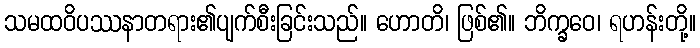
သမထဝိပဿနာတရား၏ပျက်စီးခြင်းသည်။ ဟောတိ၊ ဖြစ်၏။ ဘိက္ခဝေ၊ ရဟန်းတို့။